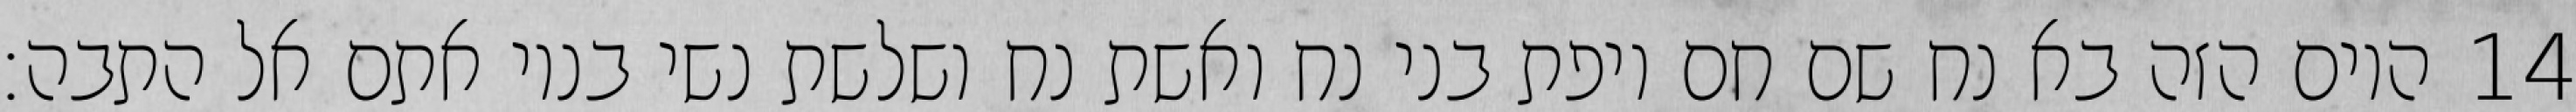
היום הזה בא נח שם חם ויפת בני נח ואשת נח ושלשת נשי בניו אתם אל התבה׃ ‎14‏